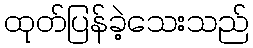
ထုတ်ပြန်ခဲ့သေးသည်